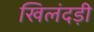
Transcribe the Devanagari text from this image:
खिलंदड़ी